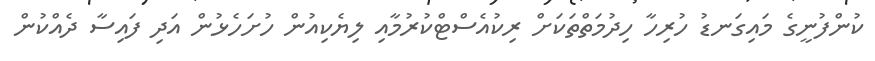
ކުންފުނީގެ މައިގަނޑު ހުރިހާ ހިދުމަތްތަކަށް ރިކުއެސްޓްކުރުމާއި ލިޔެކިއުން ހުށަހެޅުން އަދި ފައިސާ ދެއްކުން